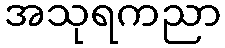
အသုရကညာ